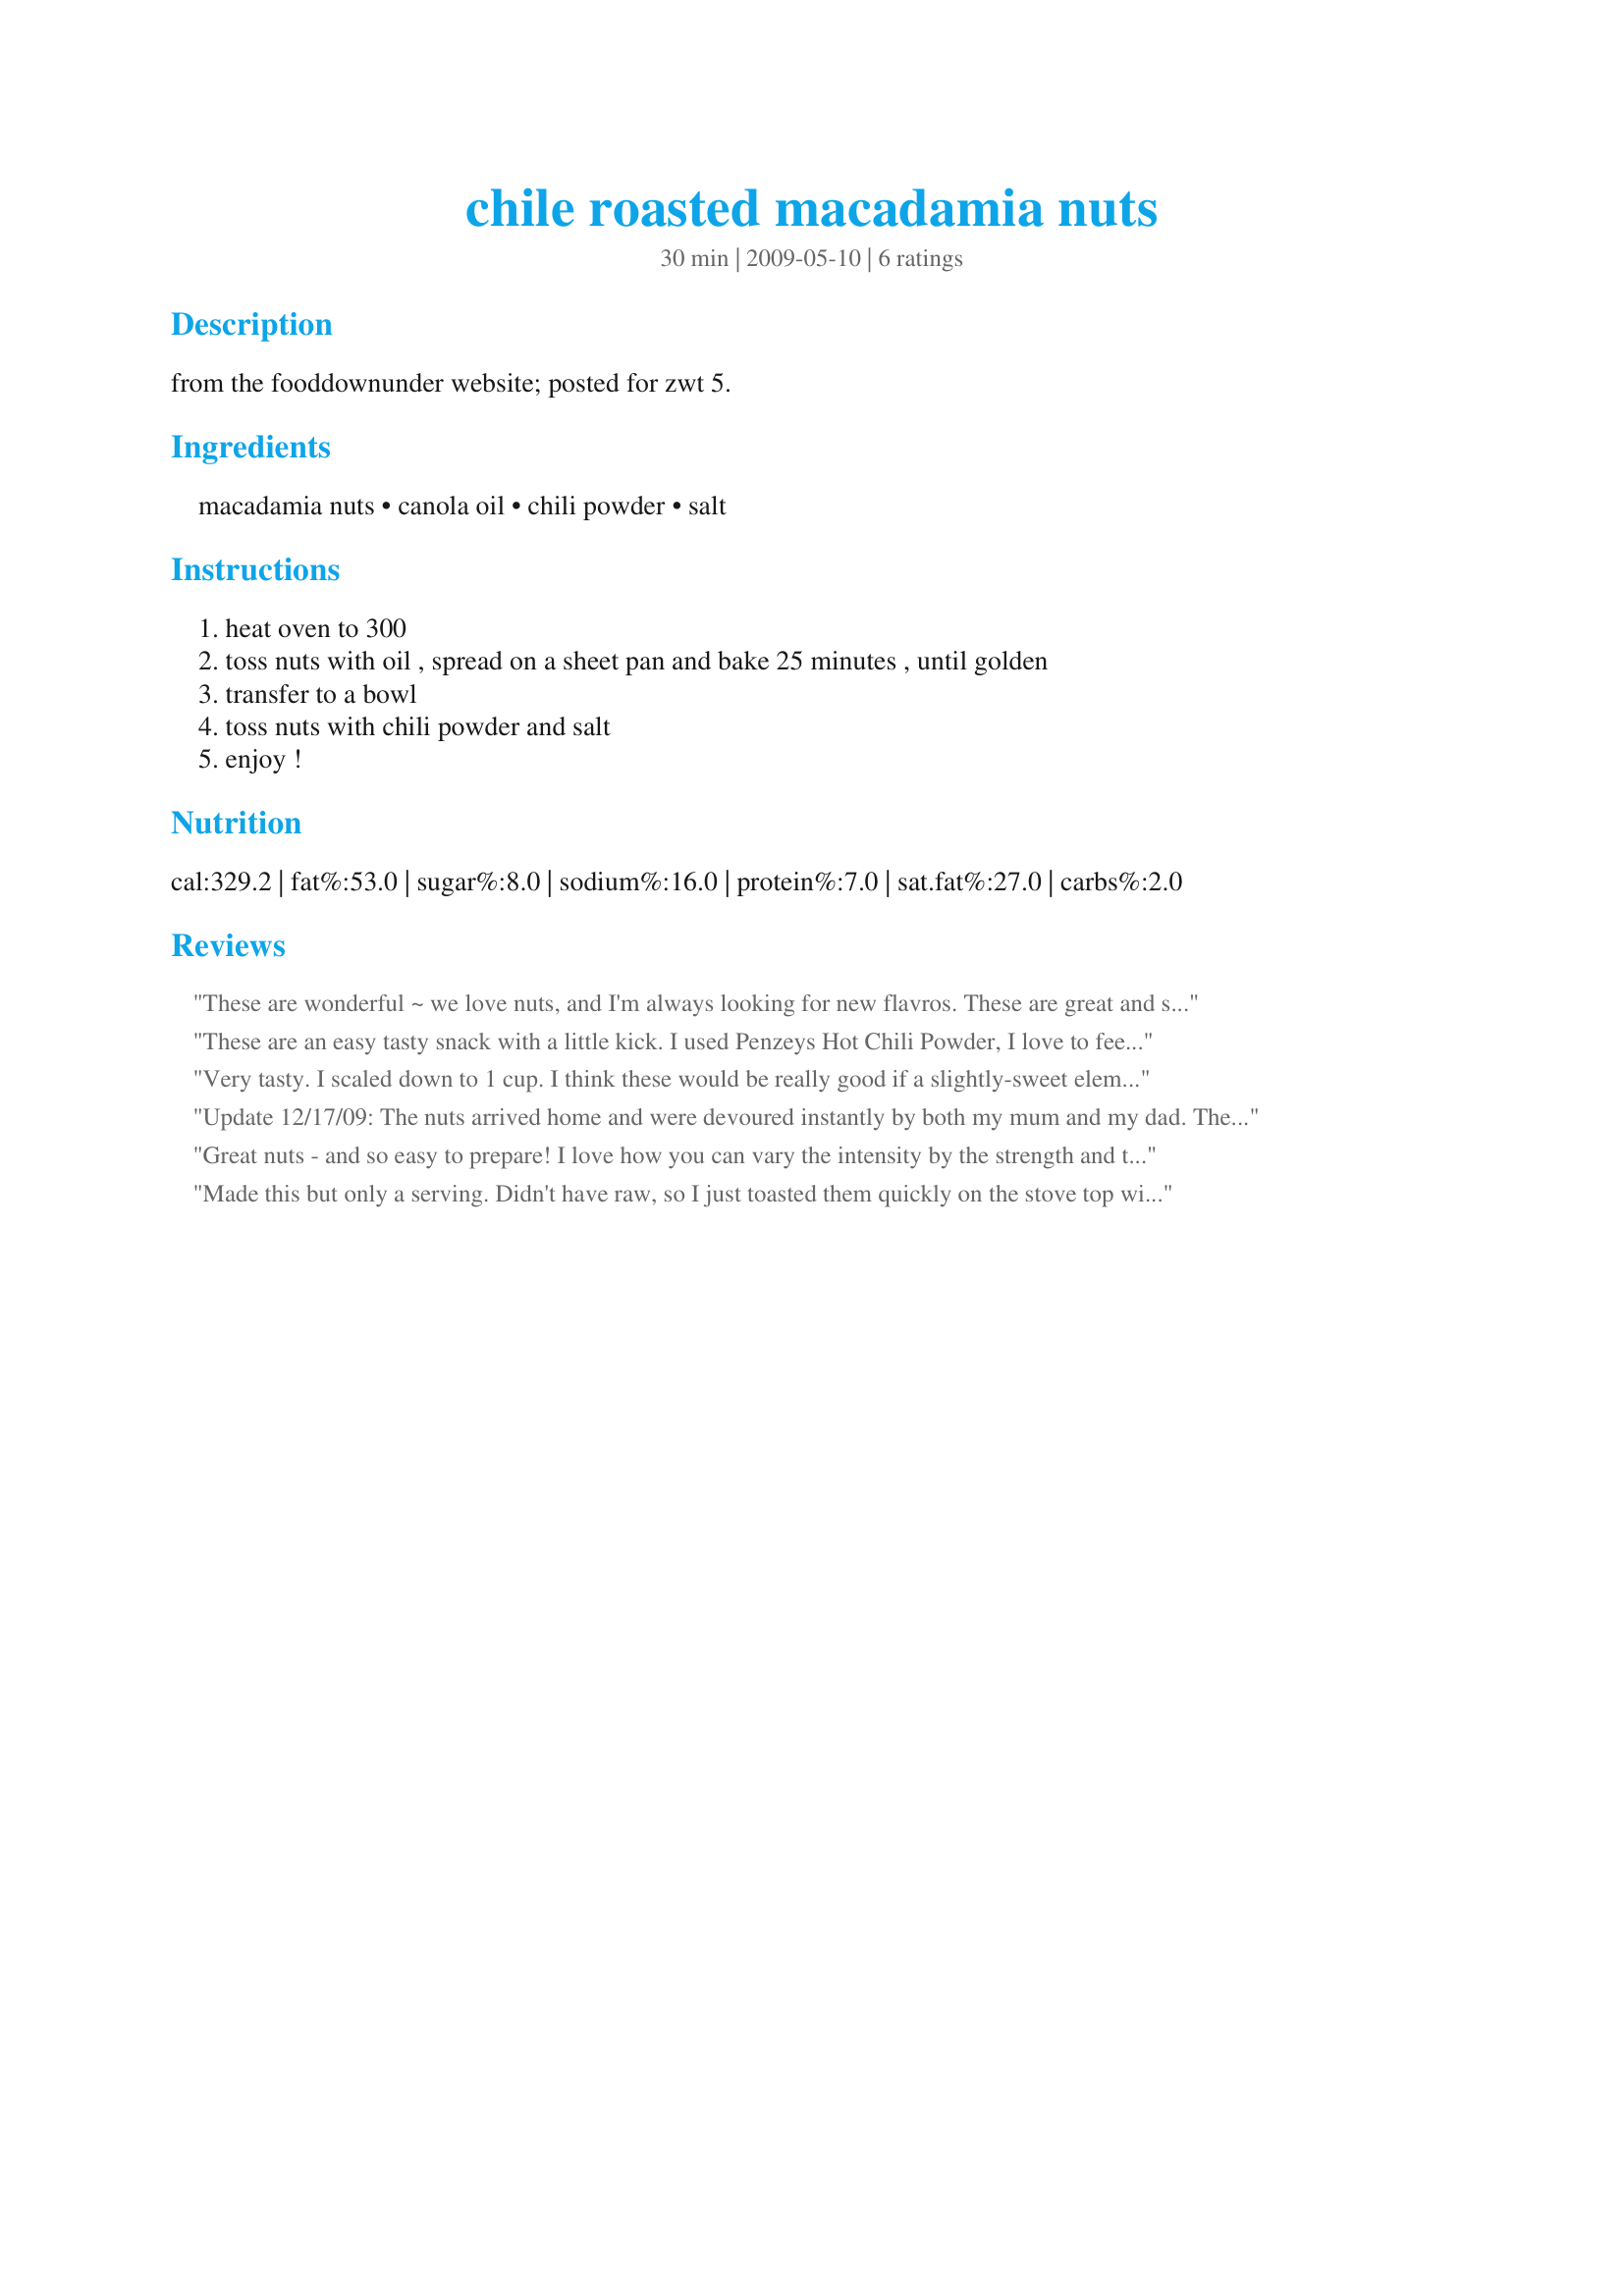
chile roasted macadamia nuts
Preparation time: 30 minutes

from the fooddownunder website; posted for zwt 5.

Ingredients:
macadamia nuts, canola oil, chili powder, salt

Steps:
heat oven to 300, toss nuts with oil , spread on a sheet pan and bake 25 minutes , until golden, transfer to a bowl, toss nuts with chili powder and salt, enjoy !

Reviews:
These are wonderful ~ we love nuts, and I'm always looking for new flavros. These are great and so easy to make. Thanks alli ~ made for Football Pool Playoff Week, January 2010!
These are an easy tasty snack with a little kick. I used Penzeys Hot Chili Powder, I love to feel the heat. I went ahead and put the chili powder in the bag with the oil and nut because I had a slight brain malfunction. They still turned out great. Thank you for sharing. Made during * Zaar World Tour 5* 2009 game for team *Genies of Gourmet*
Very tasty. I scaled down to 1 cup. I think these would be really good if a slightly-sweet element (like honey or sugar) were introduced, sparingly.
Update 12/17/09: The nuts arrived home and were devoured instantly by both my mum and my dad. The comments were that these are super tasty, hot nuts, perfect for snacking and that I should sent things like this more often. :) A complete hit!!!
12/15/09 Alli, these nuts smell divine! I made them yesterday in order to send to my parents for a mid week surprise and if their wonderful smell is anything to go by, these will be a hit and definitely 5 stars+!
The roasting process was easy and your time and temperature spot on. Even though I only had enough nuts for half the recipe, I used the full amount of chili powder, cause my parents like it hot. :)
I will be back to assign stars once my parents have taste tested the macadamias.
THANKS SO MUCH for sharing this amazing recipe with us! It will be a go-to for gifts and parties from now on!
Made and reviewed for Everyday Is A Holiday Decembre 09.
Great nuts - and so easy to prepare! I love how you can vary the intensity by the strength and type of chili powder used. Thanks for sharing!
Made this but only a serving. Didn't have raw, so I just toasted them quickly on the stove top with a little oil and chili powder. Thanks for posting. Made for ZWT 5.
